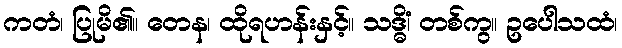
ကတံ၊ ပြုမိ၏။ တေန၊ ထိုရဟန်းနှင့်။ သဒ္ဓိံ၊ တစ်ကွ။ ဥပေါသထံ၊